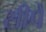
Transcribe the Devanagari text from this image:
सीपें